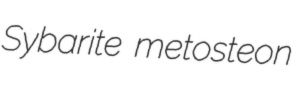
Sybarite metosteon